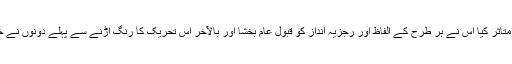
روسی ادب کو متاثر کیا اس نے ہر طرح کے الفاظ اور رجزیہ انداز کو قبول عام بخشا اور بالآخر اس تحریک کا رنگ اڑنے سے پہلے دونوں نے خودکشی کر لی۔